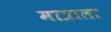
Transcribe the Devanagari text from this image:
मात्राला